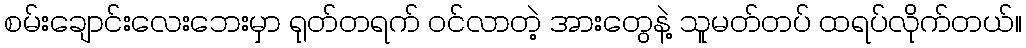
စမ်းချောင်းလေးဘေးမှာ ရုတ်တရက် ဝင်လာတဲ့ အားတွေနဲ့ သူမတ်တပ် ထရပ်လိုက်တယ်။